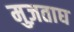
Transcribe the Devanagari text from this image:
मुज़ताघ